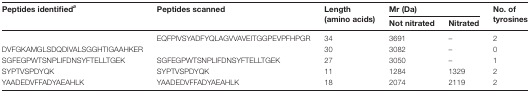
| <ROWSPAN=2> Peptides identifieda | <ROWSPAN=2> Peptides scanned | <ROWSPAN=2> Length (amino acids) | <COLSPAN=2> Mr (Da) | <ROWSPAN=2> No. of tyrosines |
 | Not nitrated | Nitrated |
 | --- | --- | --- | --- | --- | --- |
 |  | EQFPIVSYADFYQLAGVVAVEITGGPEVPFHPGR | 34 | 3691 | – | 2 |
 | DVFGKAMGLSDQDIVALSGGHTIGAAHKER |  | 30 | 3082 | – | 0 |
 | SGFEGPWTSNPLIFDNSYFTELLTGEK | SGFEGPWTSNPLIFDNSYFTELLTGEK | 27 | 3050 | – | 1 |
 | SYPTVSPDYQK | SYPTVSPDYQK | 11 | 1284 | 1329 | 2 |
 | YAADEDVFFADYAEAHLK | YAADEDVFFADYAEAHLK | 18 | 2074 | 2119 | 2 |